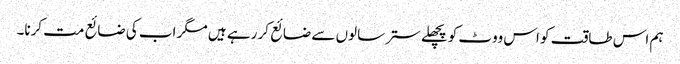
ہم اس طاقت کو اس ووٹ کو پچھلے ستر سالوں سے ضائع کر رہے ہیں مگر اب کی ضائع مت کرنا۔